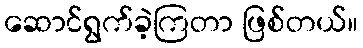
ဆောင်ရွက်ခဲ့ကြတာ ဖြစ်တယ်။